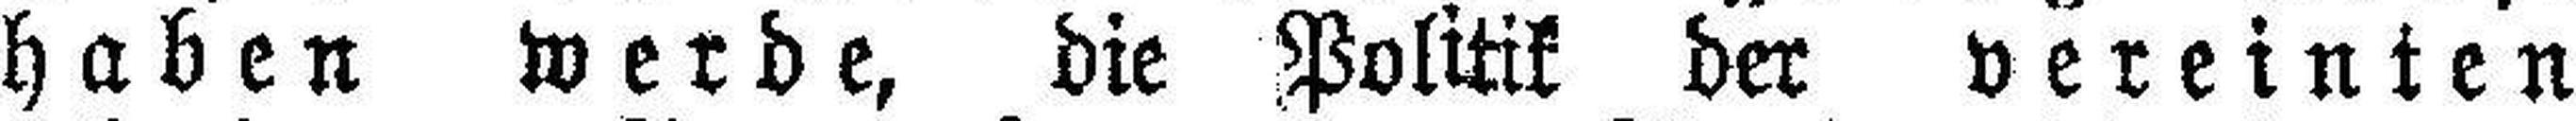
haben werde, die Politik der vereinten